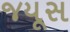
જયૂસ